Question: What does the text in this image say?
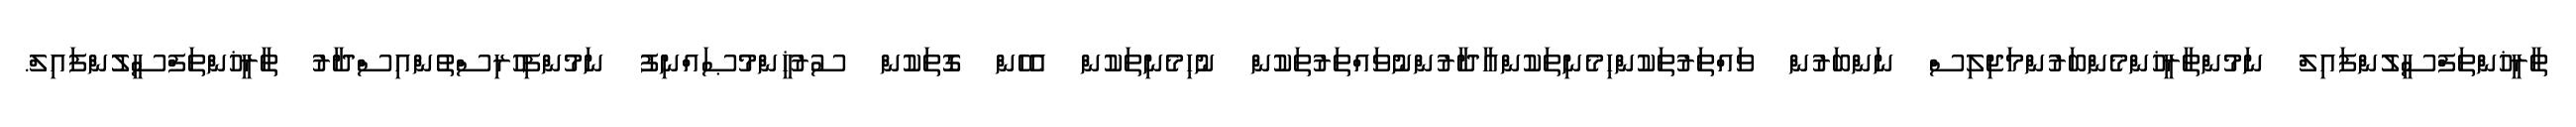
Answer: ތާރީޚުންތަފްސީލުންފައިލް ނަމުންތާރީޚުންމެންބަރުންމަޖިލިސް ނަންބަރުން ވައްތަރުތަކުންހިމެނިތަކުންއާދާރުންނުވައްތަރުތަކުން ނުހިމެނިތަކުން އެހެން ގޮތަކުން ސުރުޚީންމުޞައްނިފު ނަމުންފިހުރިސްތުންއިސްދާރު ތާރީޚުންތަފްސީލުންފައިލް.